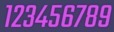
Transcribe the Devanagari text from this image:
१२३४५६७८९